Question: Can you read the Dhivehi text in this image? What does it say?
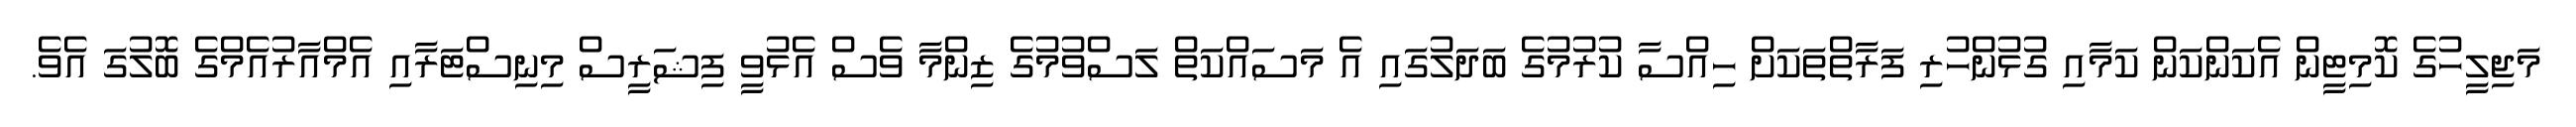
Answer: މަޖިލީހުގެ ކޮމިޓީން އެކަންކަން ކަމާއި ގުޅުންހުރި ފަރާތްތަކަށް ހިއްސާ ކުރުމުގެ ބަދަލުގައި އެ މަސައްކަތް ލަސްވުމުގެ ޒިންމާ ވެސް އެޅުވީ ފިޝަރީސް މިނިސްޓަރާއި އެމްއާރުއެމްގެ ބޮލުގަ އެވެ.